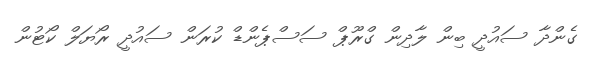
ގެންދާ ސައުދީ ބިން ލާދިން ގްރޫޕް ސަސްޕެންޑް ކުރަން ސައުދީ ރޯޔަލް ކޯޓުން